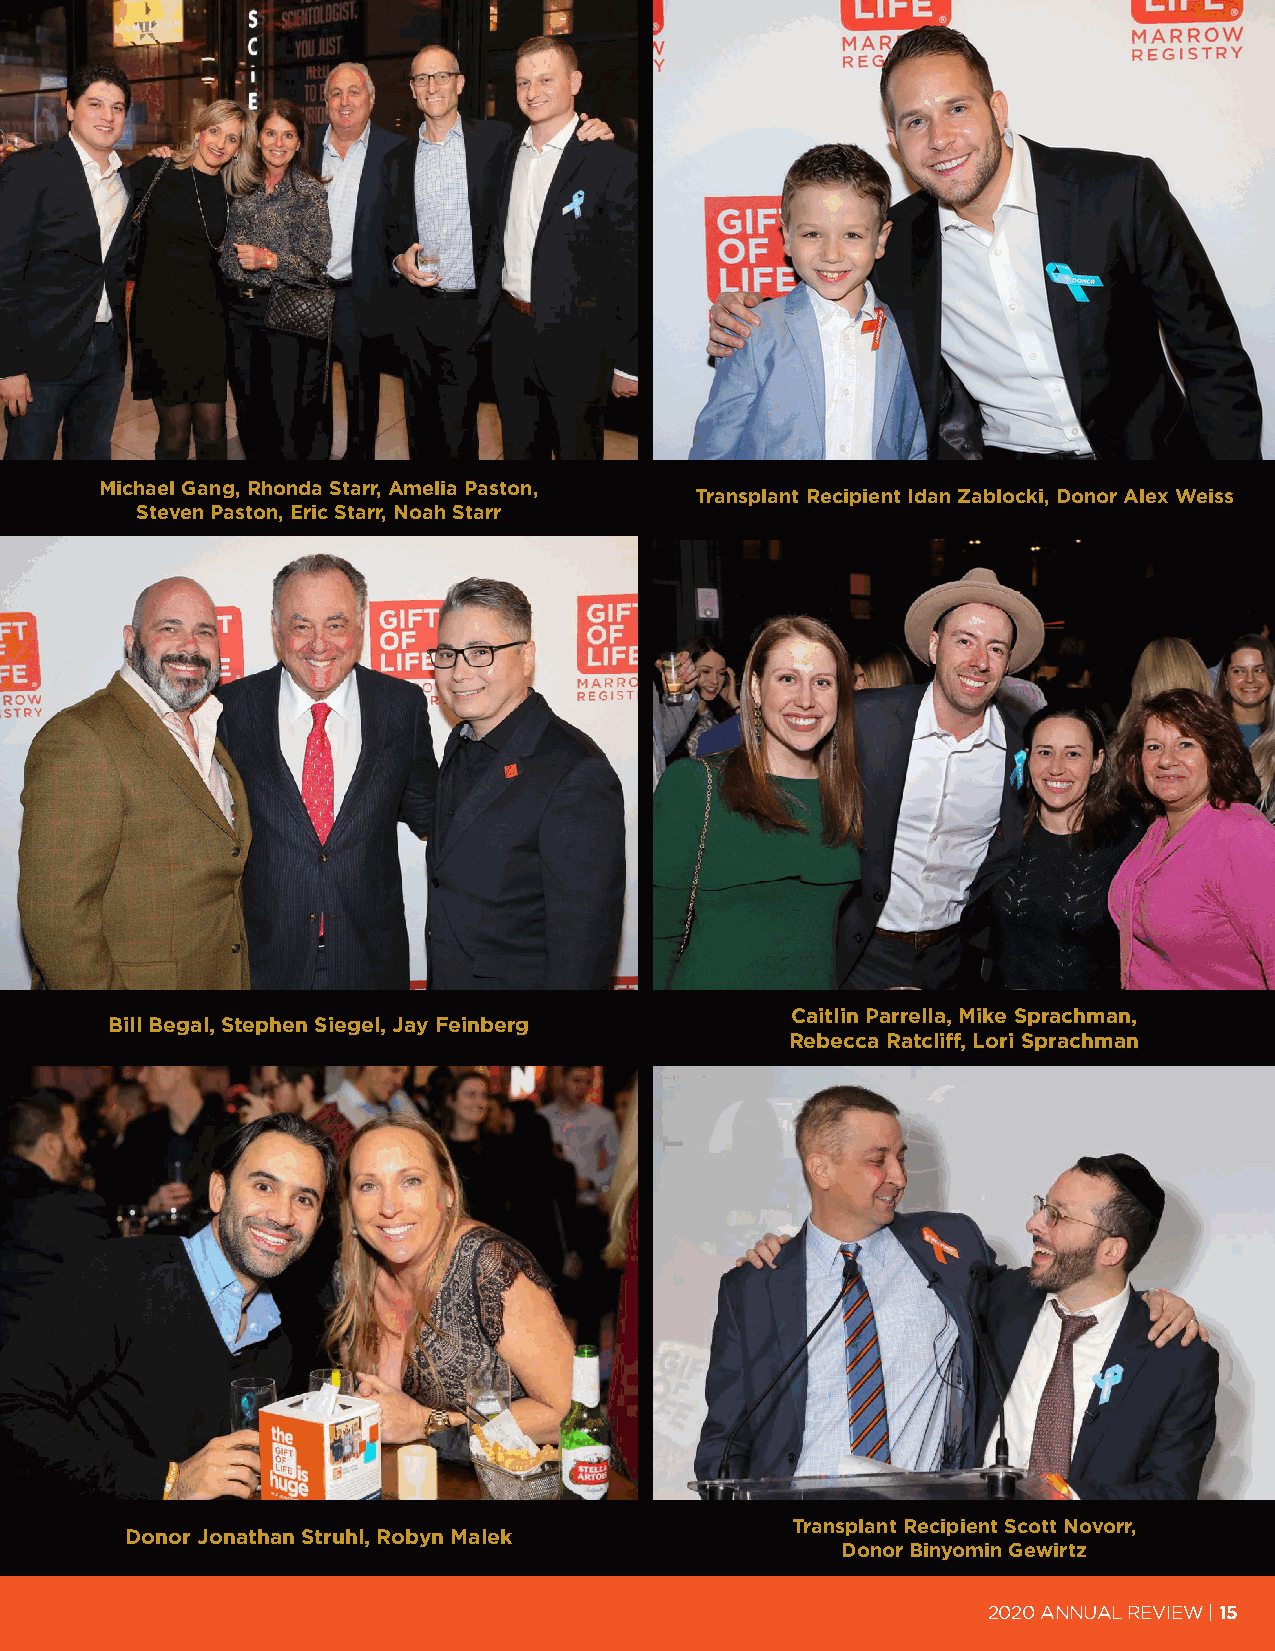
Michael Gang, Rhonda Starr, Amelia Paston,
 Transplant Recipient Idan Zablocki, Donor Alex Weiss
 Steven Paston, Eric Starr, Noah Starr
 Caitlin Parrella, Mike Sprachman,
 Bill Begal, Stephen Siegel, Jay Feinberg
 Rebecca Ratcliff, Lori Sprachman
 Transplant Recipient Scott Novorr,
 Donor Jonathan Struhl, Robyn Malek
 Donor Binyomin Gewirtz
 2020 ANNUAL REVIEW | 15